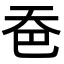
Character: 𪥉